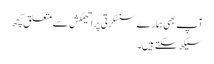
آپ بھی ہمارے سنسکرتی پراتیمکش سے متعلق کچھ
سیکھ سکتے ہیں۔